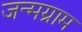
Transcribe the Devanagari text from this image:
जन्मग्राम